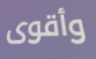
وأقوى